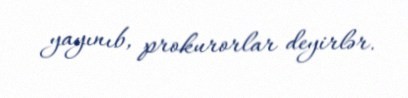
yayınıb, prokurorlar deyirlər.